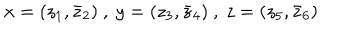
LaTeX: x = ( z _ { 1 } , \bar { z } _ { 2 } ) ~ , ~ y = ( z _ { 3 } , \bar { z } _ { 4 } ) ~ , ~ z = ( z _ { 5 } , \bar { z } _ { 6 } )